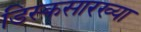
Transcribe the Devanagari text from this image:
डिस्कसारख्या